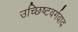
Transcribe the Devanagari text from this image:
उच्छिष्टवर्गवाद